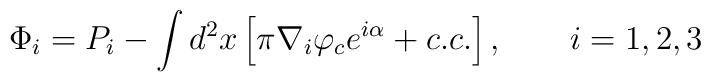
\Phi_i=P_i-\int d^2x\left[ \pi\nabla_i\varphi_c e^{i\alpha}+c.c.\right], \qquad i=1,2,3